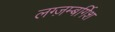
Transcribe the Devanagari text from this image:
लग्ज़म्बर्गिश